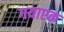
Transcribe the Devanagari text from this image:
गयाएक